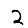
Digit: 2